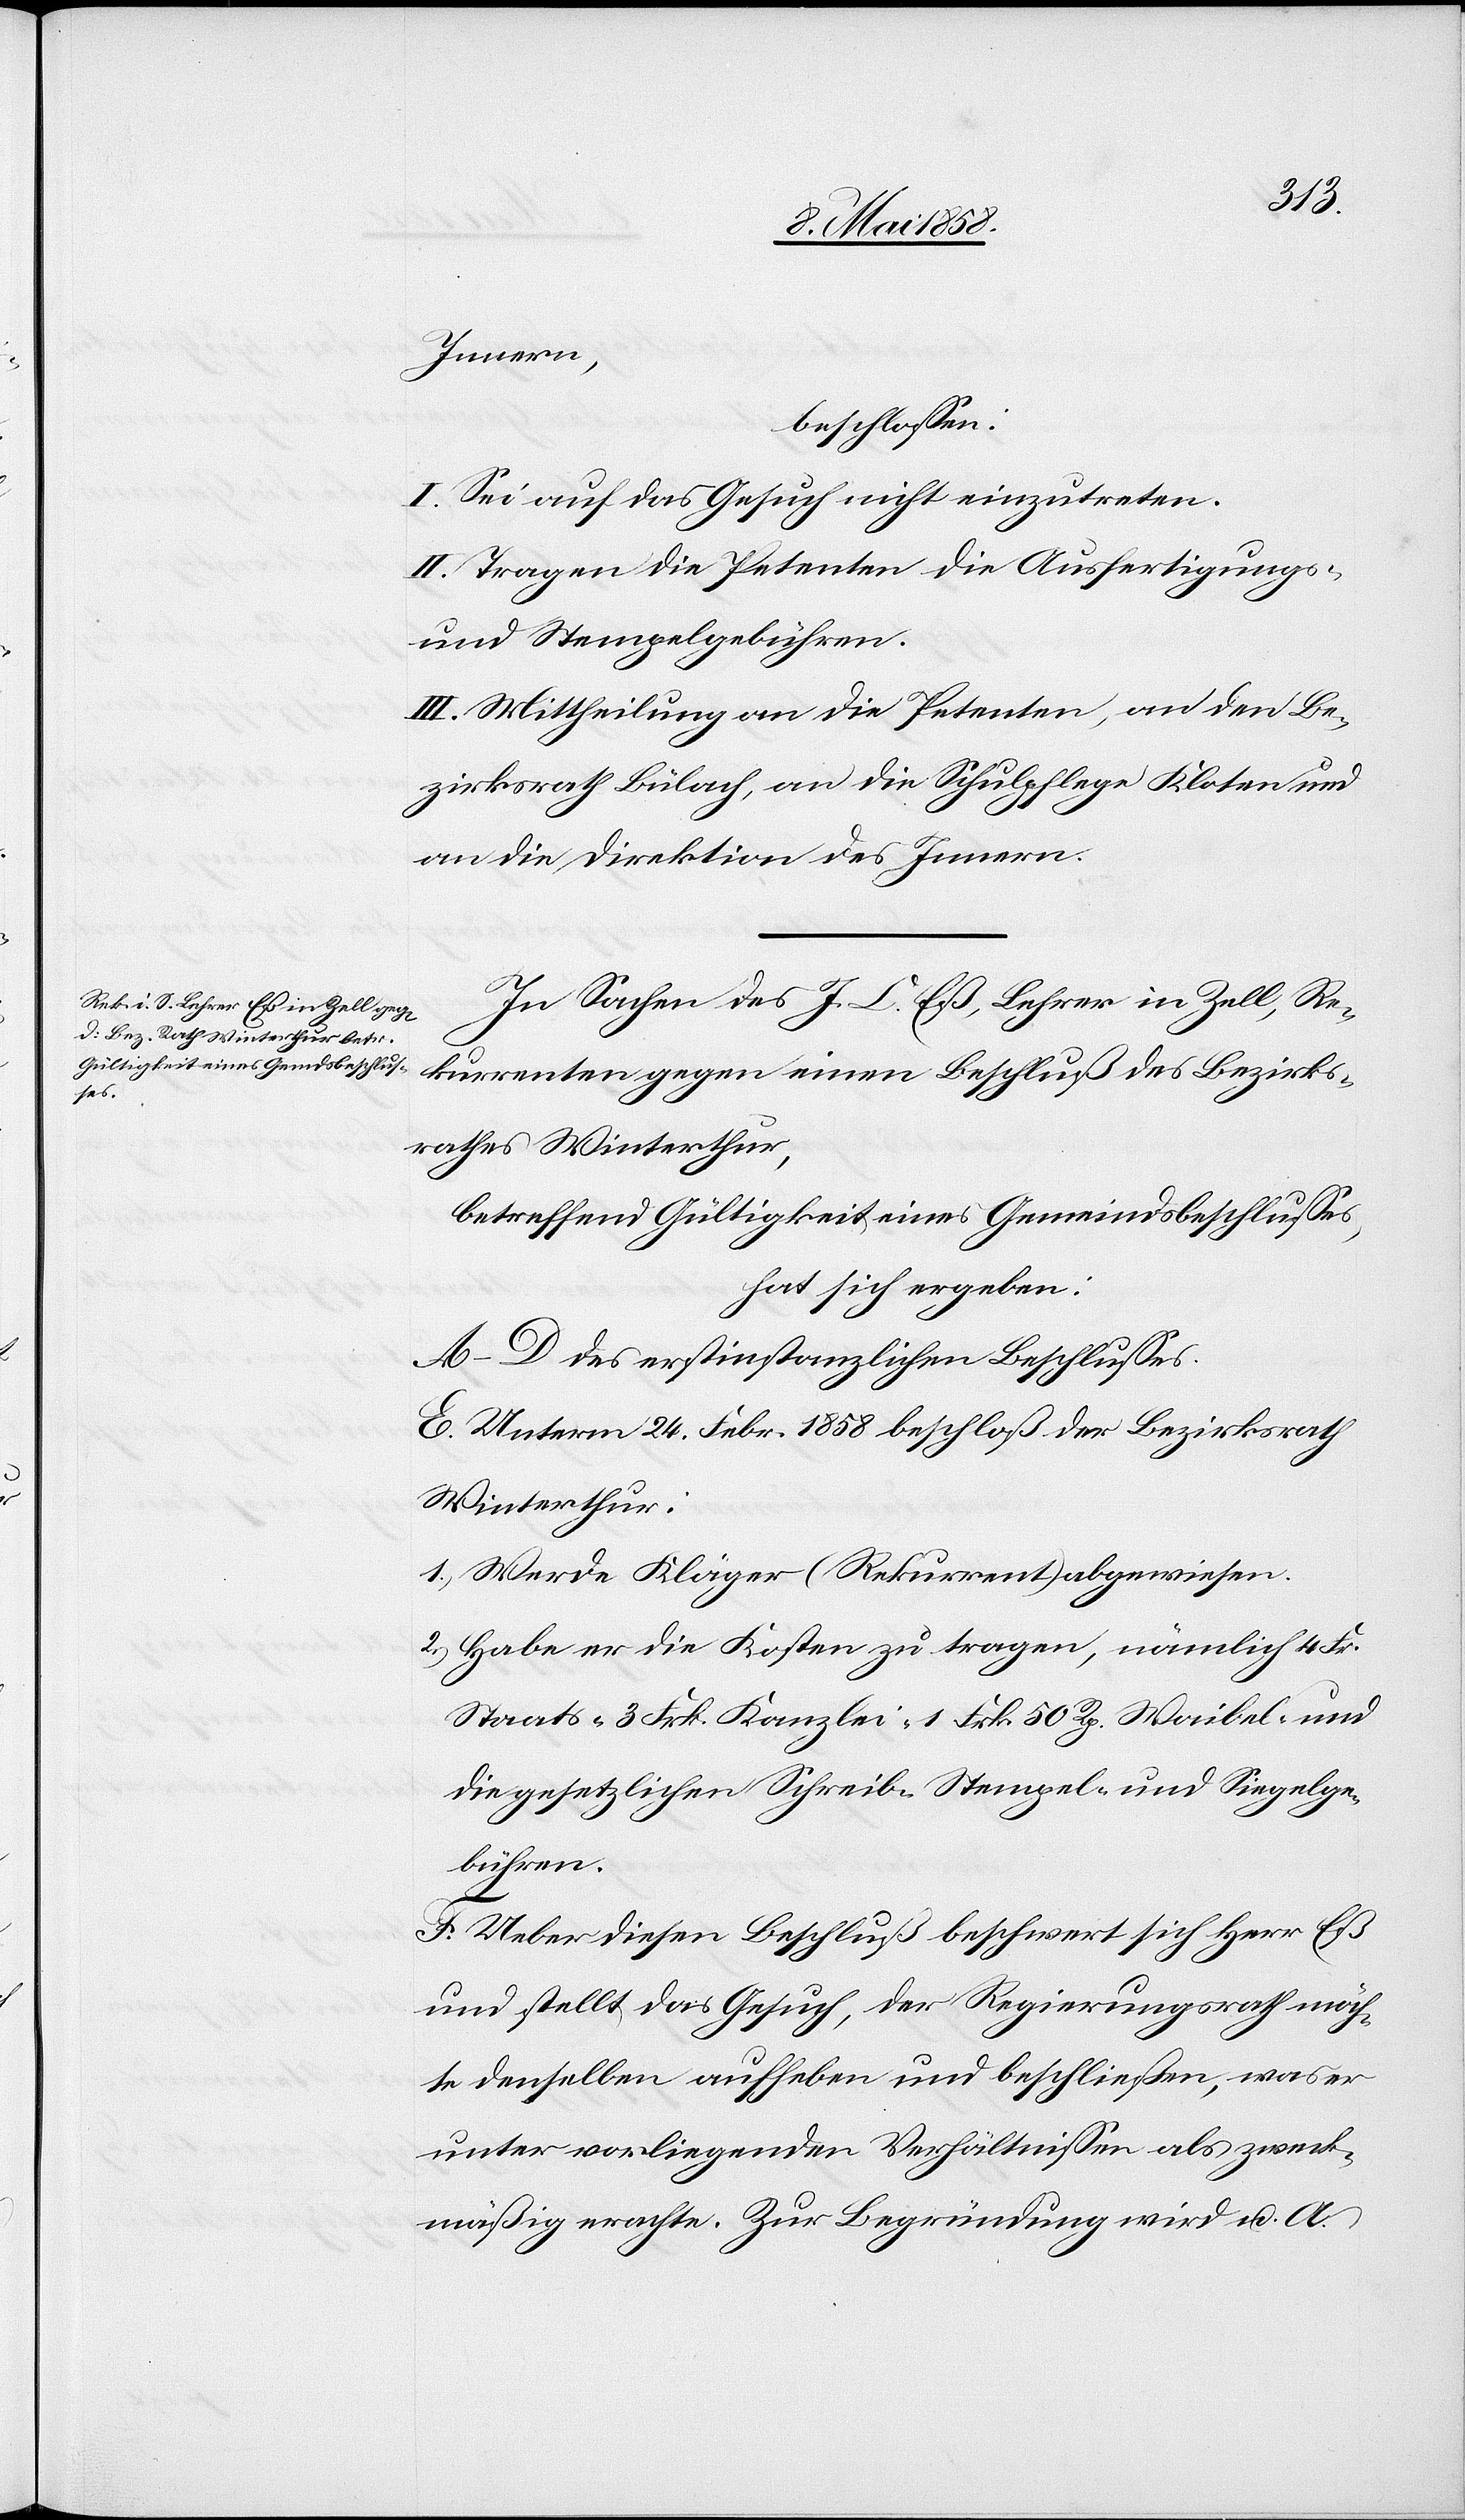
Innern,
beschlossen:
I. Sei auf das Gesuch nicht einzutreten.
II. Tragen die Petenten die Ausfertigungs-
und Stempelgebühren.
III. Mittheilung an die Petenten, an den Be¬
zirksrath Bülach, an die Schulpflege Kloten und
an die Direktion des Innern.
In Sachen des J. C. Eß, Lehrer in Zell, Re¬
kurrenten gegen einen Beschluß des Bezirks¬
rathes Winterthur,
betreffend Gültigkeit eines Gemeindsbeschlusses,
hat sich ergeben:
A–D des erstinstanzlichen Beschlusses.
E. Unterm 24. Febr. 1858 beschloß der Bezirksrath
Winterthur.
1. Werde Kläger (Rekurrent) abgewiesen.
2. Habe er die Kosten zu tragen, nämlich 4 Fr.
Staats-[,] 3 Frk. Kanzlei-[,] 1 Frk. 50 Rp. Waibel- und
die gesetzlichen Schreib-[,] Stempel- und Siegelge¬
bühren.
F. Ueber diesen Beschluß beschwert sich Herr Eß
und stellt das Gesuch, der Regierungsrath möch¬
te denselben aufheben und beschließen, was er
unter vorliegenden Verhältnissen als zweck¬
mäßig erachte. Zur Begründung wird u. A.